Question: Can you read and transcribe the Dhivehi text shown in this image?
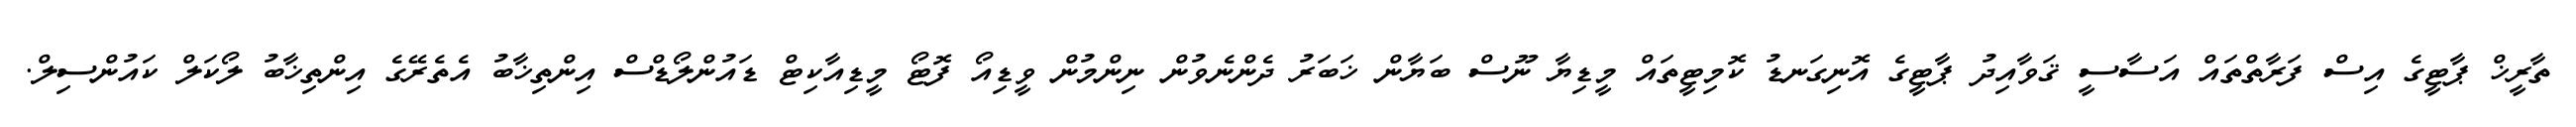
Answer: ތާރީޚް ޕާޓީގެ އިސް ފަރާތްތައް އަސާސީ ޤަވާއިދު ޕާޓީގެ އޮނިގަނޑު ކޮމިޓީތައް މީޑިޔާ ނޫސް ބަޔާން ޚަބަރު ދެންނެވުން ނިންމުން ވީޑިއޯ ފޮޓޯ މީޑިއާކިޓް ޑައުންލޯޑްސް އިންތިޚާބު އެތެރޭގެ އިންތިޚާބު ލޯކަލް ކައުންސިލް.